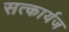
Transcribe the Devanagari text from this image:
सत्कार्यज